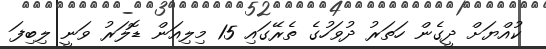
ކުއްޔަށް ދީގެން ހަތަރު ދުވަހުގެ ތެރޭގައި 15 މިލިއަން ޑޮލަރު ވަނީ ލިބިފަ